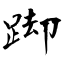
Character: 踋